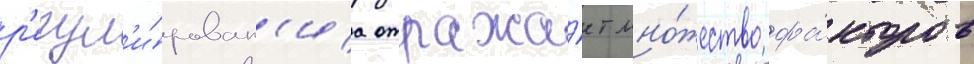
р'егул'и́рован'иа отража́ет мно́жество фа́кторов